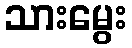
သားမွေး